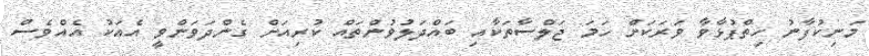
މަނިކުފާނު ހިތްޕުޅާވާ ވަރަކަށް ހަމަ ޖަލްސާތަކާއި ބައްދަލުވުންތައް ކުރިއަށް ގެންދަވަންވީ އެއަކު އެއްވެސް